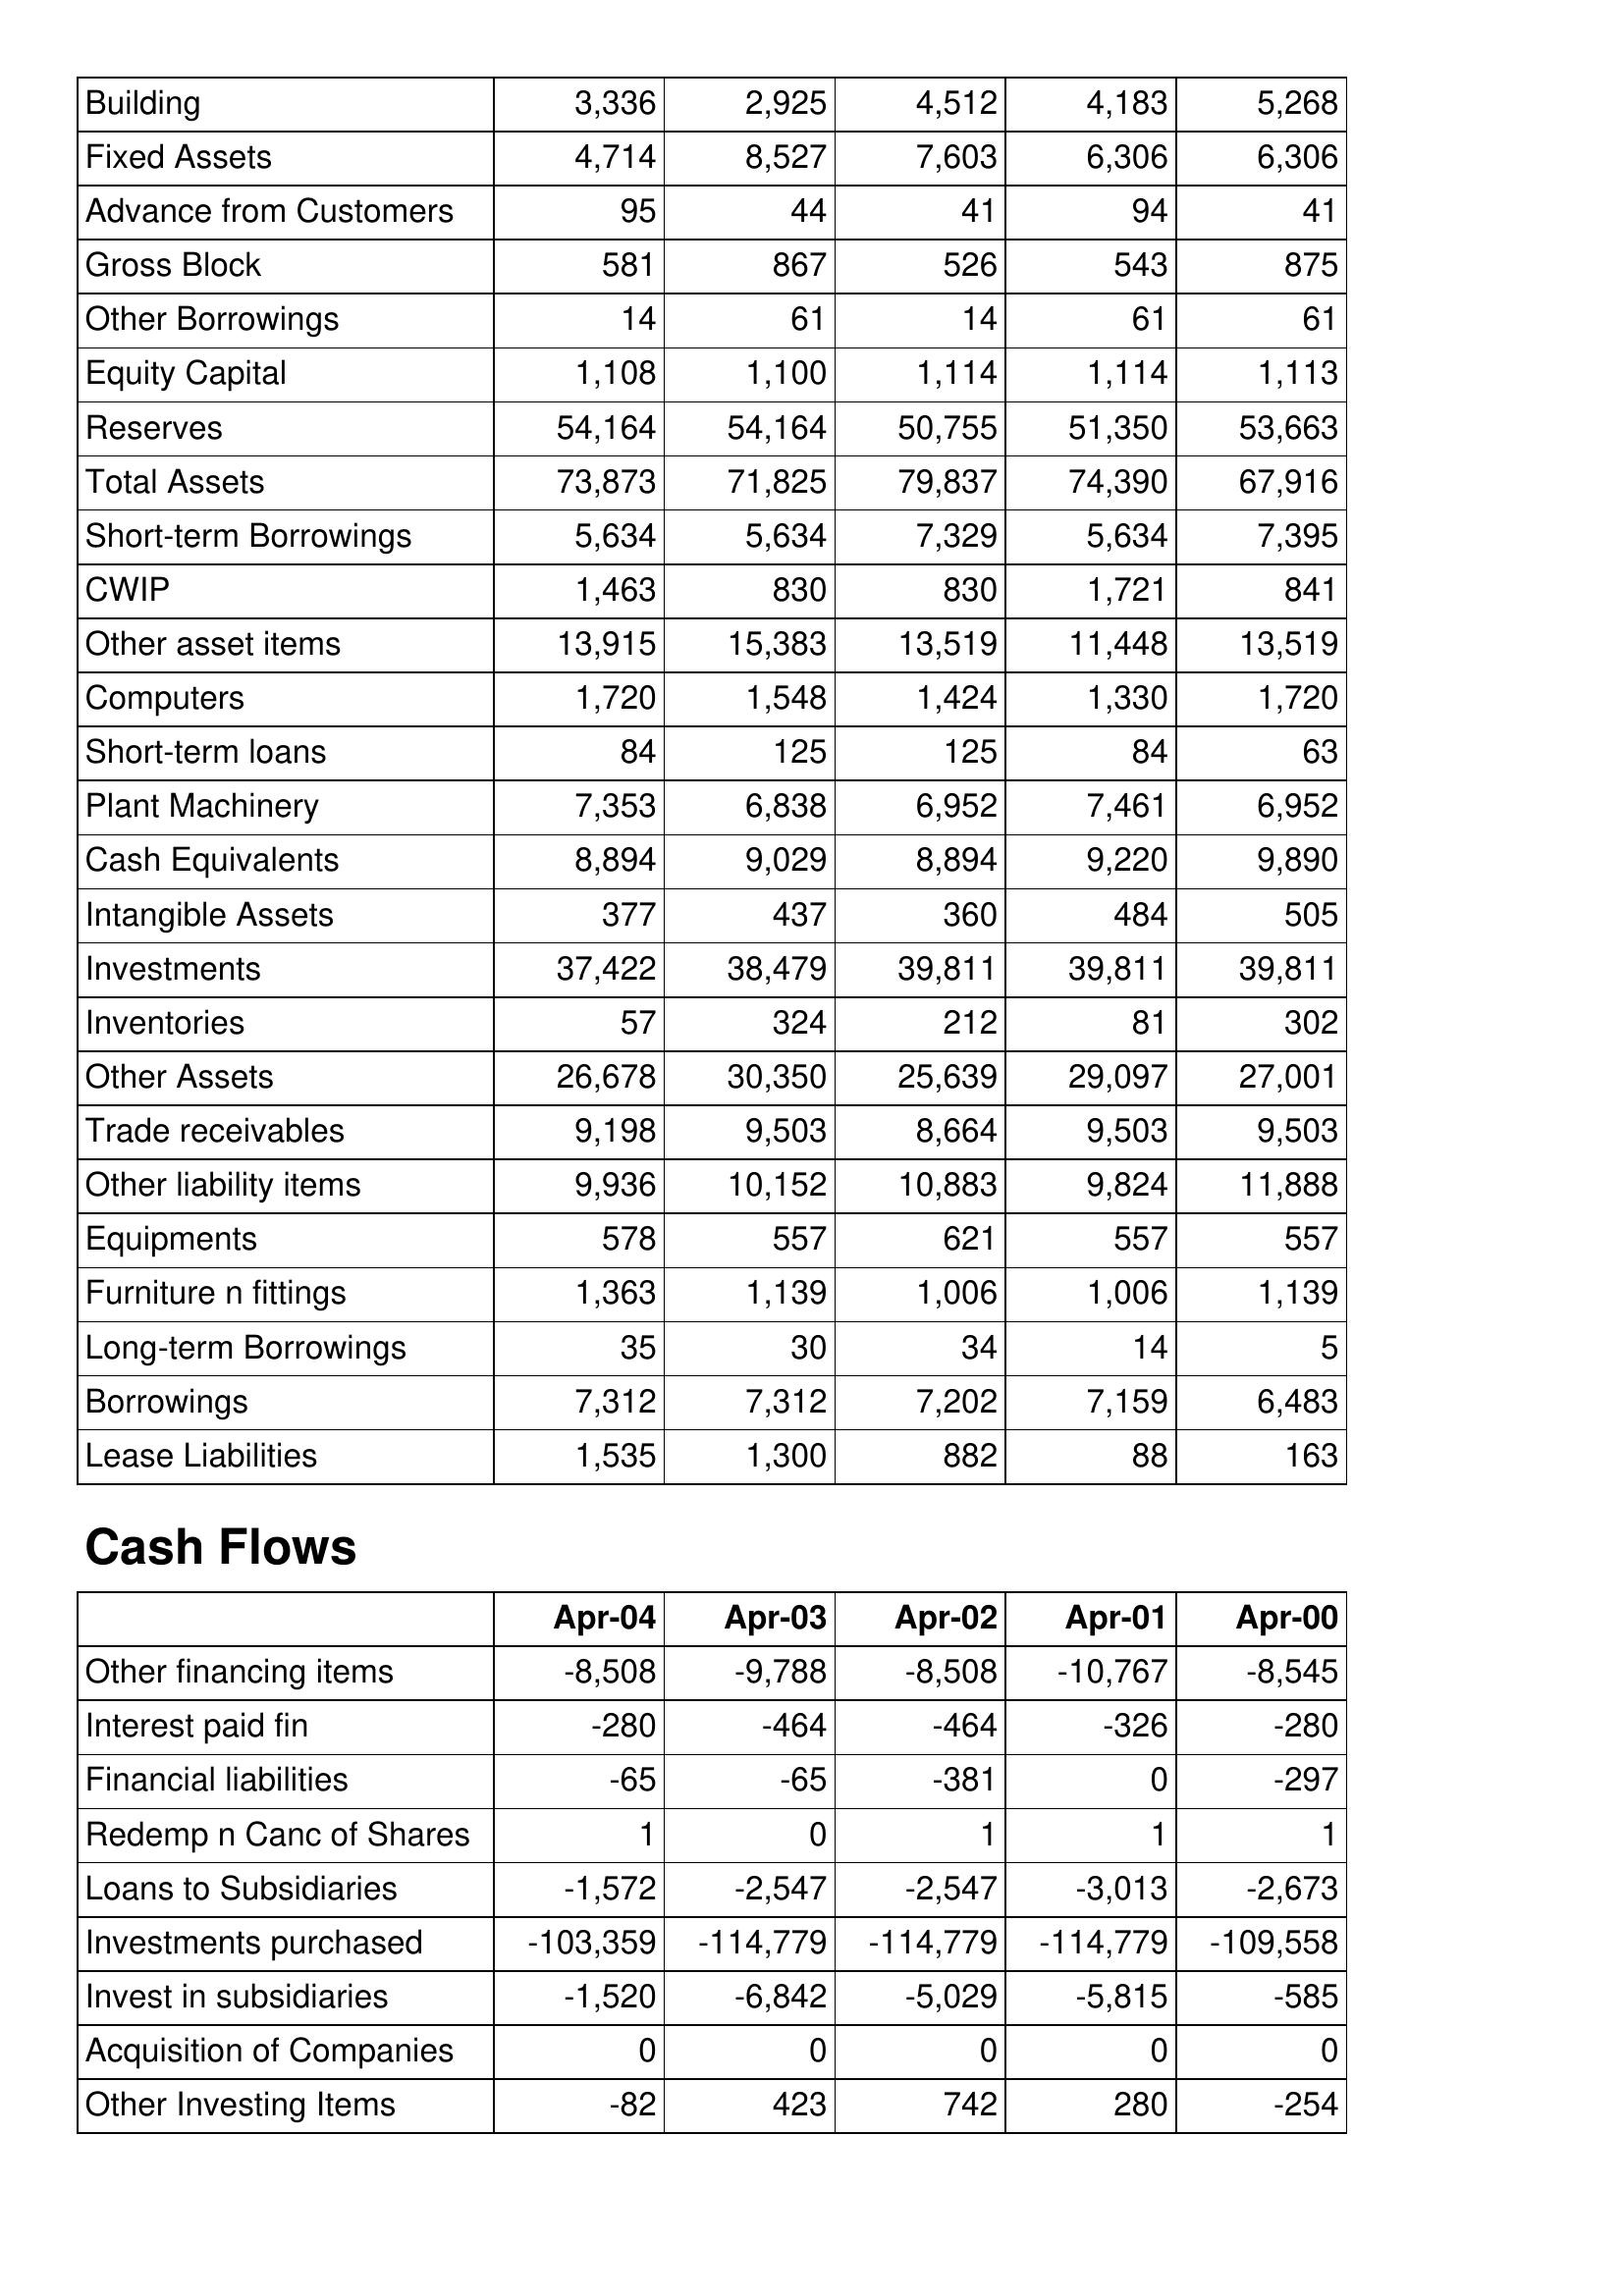
Apr-04: Balance Sheet: Building: 3,336
Fixed Assets: 4,714
Advance from Customers: 95
Gross Block: 581
Other Borrowings: 14
Equity Capital: 1,108
Reserves: 54,164
Total Assets: 73,873
Short-term Borrowings: 5,634
CWIP: 1,463
Other asset items: 13,915
Computers: 1,720
Short-term loans: 84
Plant Machinery: 7,353
Cash Equivalents: 8,894
Intangible Assets: 377
Investments: 37,422
Inventories: 57
Other Assets: 26,678
Trade receivables: 9,198
Other liability items: 9,936
Equipments: 578
Furniture n fittings: 1,363
Long-term Borrowings: 35
Borrowings: 7,312
Lease Liabilities: 1,535
Cash Flows: Other financing items: -8,508
Interest paid fin: -280
Financial liabilities: -65
Redemp n Canc of Shares: 1
Loans to Subsidiaries: -1,572
Investments purchased: -103,359
Invest in subsidiaries: -1,520
Acquisition of Companies: 0
Other Investing Items: -82
Apr-03: Balance Sheet: Building: 2,925
Fixed Assets: 8,527
Advance from Customers: 44
Gross Block: 867
Other Borrowings: 61
Equity Capital: 1,100
Reserves: 54,164
Total Assets: 71,825
Short-term Borrowings: 5,634
CWIP: 830
Other asset items: 15,383
Computers: 1,548
Short-term loans: 125
Plant Machinery: 6,838
Cash Equivalents: 9,029
Intangible Assets: 437
Investments: 38,479
Inventories: 324
Other Assets: 30,350
Trade receivables: 9,503
Other liability items: 10,152
Equipments: 557
Furniture n fittings: 1,139
Long-term Borrowings: 30
Borrowings: 7,312
Lease Liabilities: 1,300
Cash Flows: Other financing items: -9,788
Interest paid fin: -464
Financial liabilities: -65
Redemp n Canc of Shares: 0
Loans to Subsidiaries: -2,547
Investments purchased: -114,779
Invest in subsidiaries: -6,842
Acquisition of Companies: 0
Other Investing Items: 423
Apr-02: Balance Sheet: Building: 4,512
Fixed Assets: 7,603
Advance from Customers: 41
Gross Block: 526
Other Borrowings: 14
Equity Capital: 1,114
Reserves: 50,755
Total Assets: 79,837
Short-term Borrowings: 7,329
CWIP: 830
Other asset items: 13,519
Computers: 1,424
Short-term loans: 125
Plant Machinery: 6,952
Cash Equivalents: 8,894
Intangible Assets: 360
Investments: 39,811
Inventories: 212
Other Assets: 25,639
Trade receivables: 8,664
Other liability items: 10,883
Equipments: 621
Furniture n fittings: 1,006
Long-term Borrowings: 34
Borrowings: 7,202
Lease Liabilities: 882
Cash Flows: Other financing items: -8,508
Interest paid fin: -464
Financial liabilities: -381
Redemp n Canc of Shares: 1
Loans to Subsidiaries: -2,547
Investments purchased: -114,779
Invest in subsidiaries: -5,029
Acquisition of Companies: 0
Other Investing Items: 742
Apr-01: Balance Sheet: Building: 4,183
Fixed Assets: 6,306
Advance from Customers: 94
Gross Block: 543
Other Borrowings: 61
Equity Capital: 1,114
Reserves: 51,350
Total Assets: 74,390
Short-term Borrowings: 5,634
CWIP: 1,721
Other asset items: 11,448
Computers: 1,330
Short-term loans: 84
Plant Machinery: 7,461
Cash Equivalents: 9,220
Intangible Assets: 484
Investments: 39,811
Inventories: 81
Other Assets: 29,097
Trade receivables: 9,503
Other liability items: 9,824
Equipments: 557
Furniture n fittings: 1,006
Long-term Borrowings: 14
Borrowings: 7,159
Lease Liabilities: 88
Cash Flows: Other financing items: -10,767
Interest paid fin: -326
Financial liabilities: 0
Redemp n Canc of Shares: 1
Loans to Subsidiaries: -3,013
Investments purchased: -114,779
Invest in subsidiaries: -5,815
Acquisition of Companies: 0
Other Investing Items: 280
Apr-00: Balance Sheet: Building: 5,268
Fixed Assets: 6,306
Advance from Customers: 41
Gross Block: 875
Other Borrowings: 61
Equity Capital: 1,113
Reserves: 53,663
Total Assets: 67,916
Short-term Borrowings: 7,395
CWIP: 841
Other asset items: 13,519
Computers: 1,720
Short-term loans: 63
Plant Machinery: 6,952
Cash Equivalents: 9,890
Intangible Assets: 505
Investments: 39,811
Inventories: 302
Other Assets: 27,001
Trade receivables: 9,503
Other liability items: 11,888
Equipments: 557
Furniture n fittings: 1,139
Long-term Borrowings: 5
Borrowings: 6,483
Lease Liabilities: 163
Cash Flows: Other financing items: -8,545
Interest paid fin: -280
Financial liabilities: -297
Redemp n Canc of Shares: 1
Loans to Subsidiaries: -2,673
Investments purchased: -109,558
Invest in subsidiaries: -585
Acquisition of Companies: 0
Other Investing Items: -254